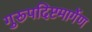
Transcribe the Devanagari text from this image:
गुरूपदिष्टमार्गेण